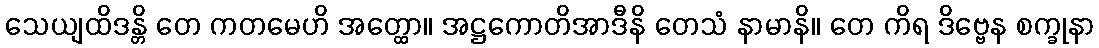
သေယျထိဒန္တိ တေ ကတမေဟိ အတ္ထော။ အဋ္ဌကောတိအာဒီနိ တေသံ နာမာနိ။ တေ ကိရ ဒိဗ္ဗေန စက္ခုနာ